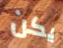
يكن